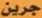
جرين